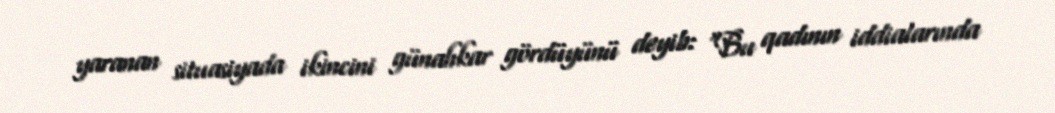
yaranan situasiyada ikincini günahkar gördüyünü deyib: “Bu qadının iddialarında